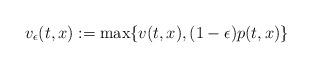
LaTeX: \begin{align*}v_\epsilon(t,x):=\max\{v(t,x), (1-\epsilon)p(t,x)\}\end{align*}